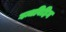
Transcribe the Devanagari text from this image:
गन्धविहिन